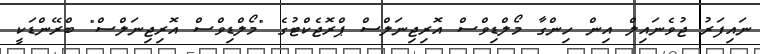
ނައިފަރު ޖުވެނައިލް އިން ހިންގާ މޯލްޑިވްސް އޮރިޖިނަލްސް ޕްރޮޖެކްޓުގެ "މޯލްޑިވްސް އޮރިޖިނަލްސް" ބްރޭންޑަކީ